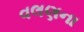
વલણના